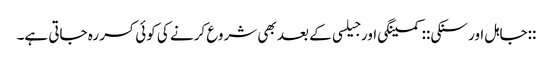
::جاہل اور سنکی:: کمینگی اور جیلسی کے بعد بھی شروع کرنے کی کوئی کسر رہ جاتی ہے۔